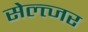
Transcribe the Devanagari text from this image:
सेल्त्जर